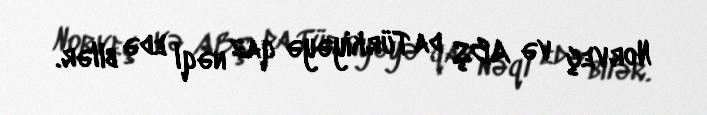
Norveç və ABŞ da Türkiyəyə qaz nəql edə bilər.